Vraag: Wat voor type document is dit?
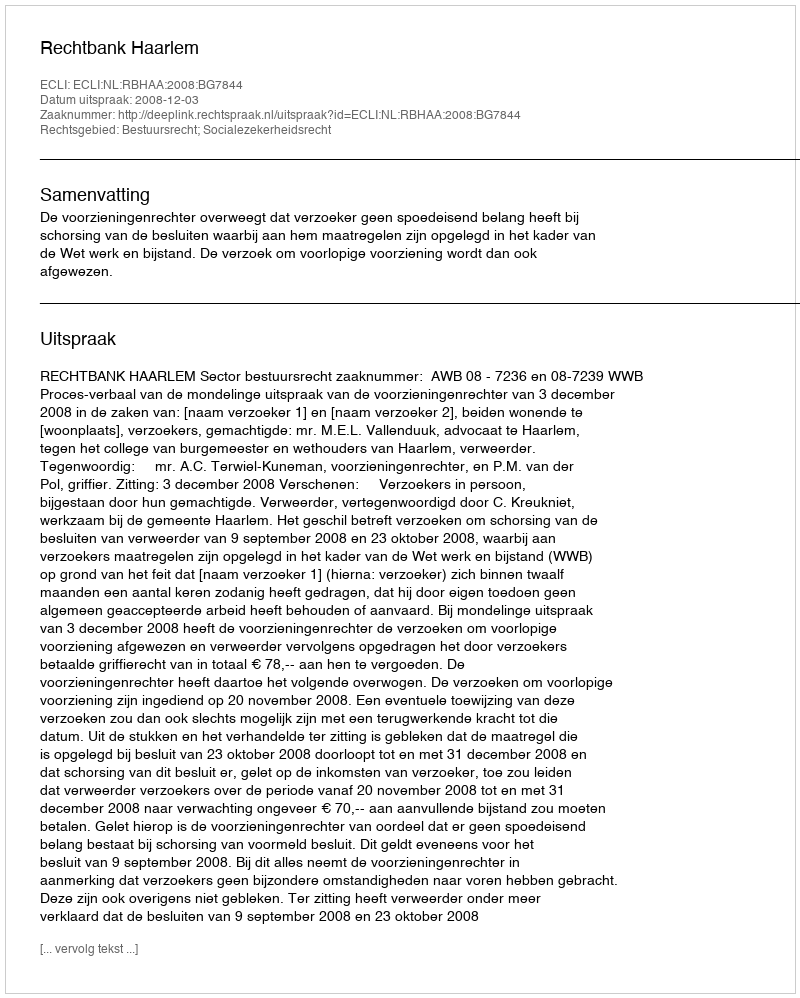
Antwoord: Uitspraak